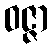
ဝဇ္ဇာ